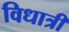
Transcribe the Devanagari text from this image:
विधात्री